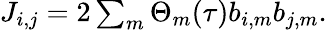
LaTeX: \begin{array}{r}{J_{i,j}=2\sum_{m}\Theta_{m}(\tau)b_{i,m}b_{j,m}.}\end{array}